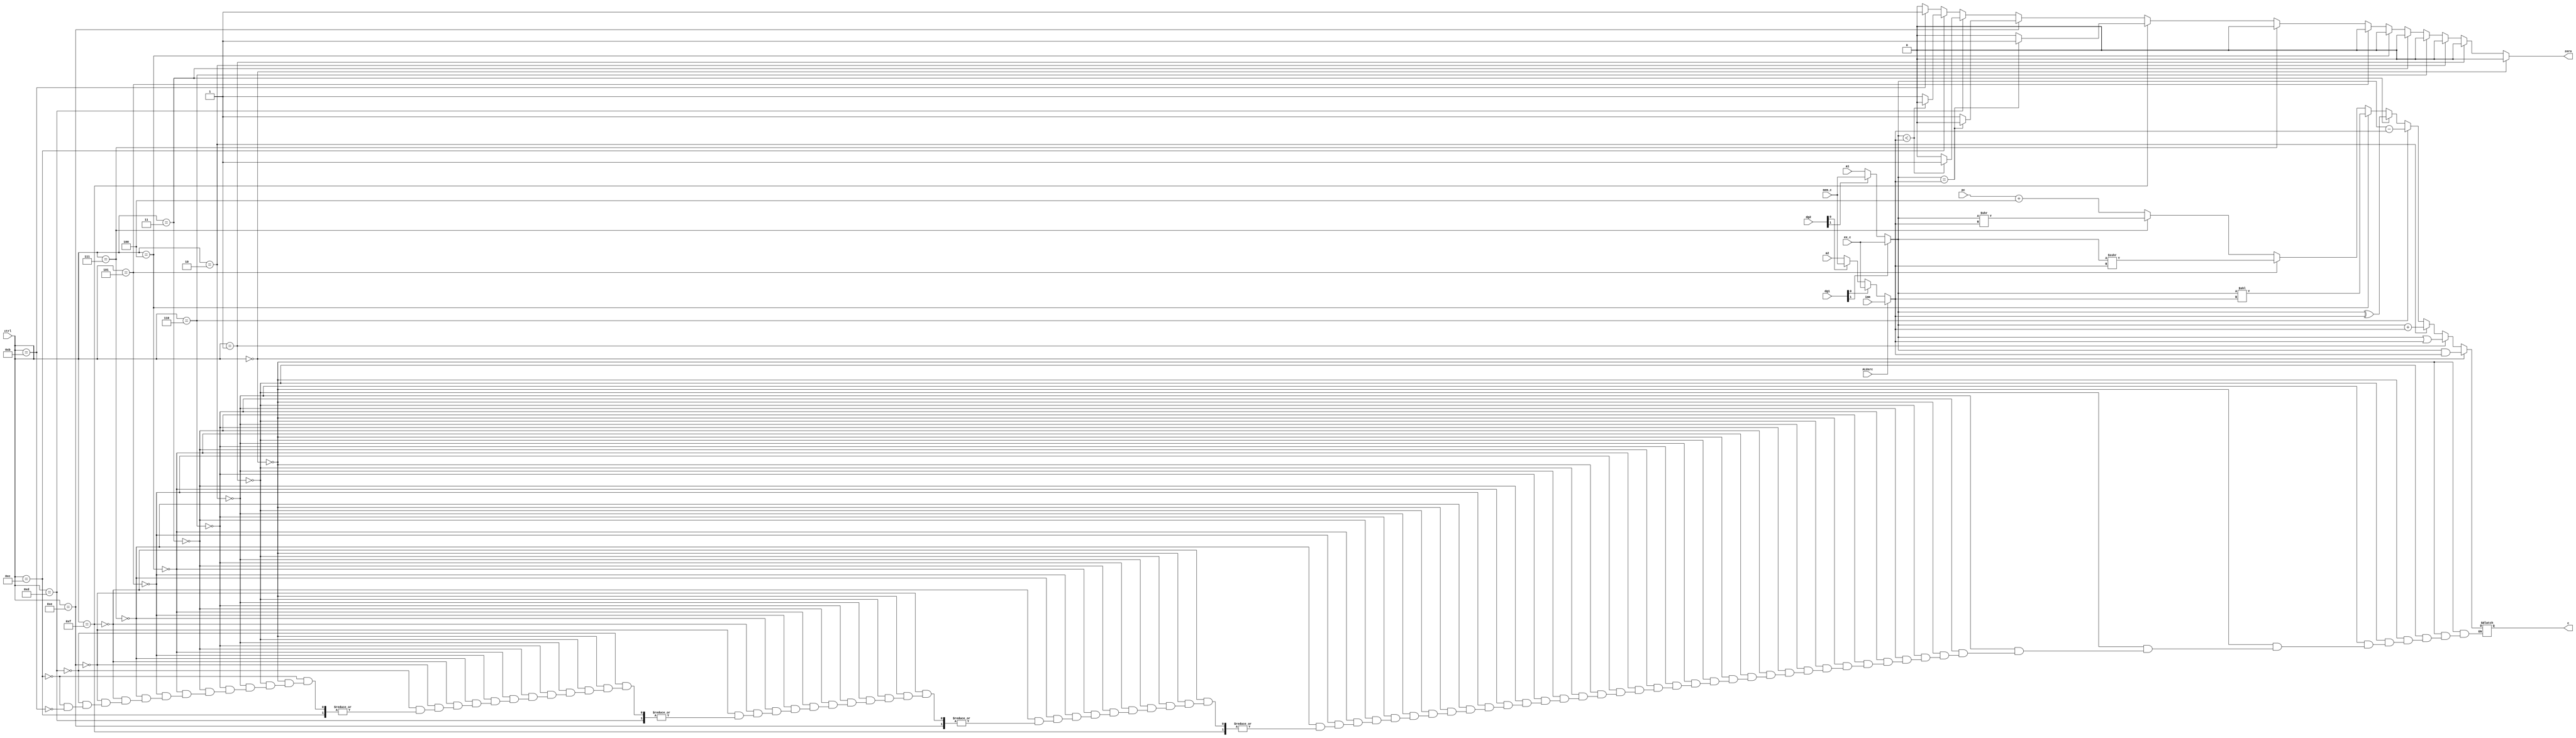
`timescale 1ns / 1ps
//////////////////////////////////////////////////////////////////////////////////
// Company: 
// Engineer: 
// 
// Design Name: 
// Module Name: ALU
// Project Name: 
// Target Devices: 
// Tool Versions: 
// Description: 
// 
// Dependencies: 
// 
// Revision:
// Revision 0.01 - File Created
// Additional Comments:
// 
//////////////////////////////////////////////////////////////////////////////////


module ALU(
    input [63:0] a1,a2, imm,
    input [63:0] ex_c, mem_c,
    input ALUsrc,
    input [63:0] pc,
    input [3:0] ctrl,
    input [1:0] dg1, dg2,
    output reg [63:0] c,
    output reg zero
    );
    
    reg [63:0] a,b;
    
    initial begin
        zero = 1'b0;
    end
    always @ (*) begin
        
        zero = 0;
        a = a1;
        if (dg1[1] == 1) a = ex_c;
        else if(dg2[1] == 1) a = mem_c;
        
        
        if (ALUsrc) b = imm;
        else begin
            b = a2;
            if (dg1[0] == 1) b = ex_c;
            else if(dg2[0] == 1) b = mem_c;
        end
        
        if (ctrl == 4'b0000) c = a&b;
        else if(ctrl == 4'b0001) c = a|b;
        else if(ctrl == 4'b0010) c = a+b;
        else if(ctrl == 4'b0110) c = a-b;
        
        else if(ctrl == 4'b0011) c = a^b;
        else if(ctrl == 4'b0100) c = a<<b;
        else if(ctrl == 4'b0101) c = a>>>b;
        else if(ctrl == 4'b0111) c = a>>b;
        
        else if(ctrl == 4'b1111) begin // BEQ
            if (a == b) zero = 1;
            else zero = 0;
        end
        else if(ctrl == 4'b1110) begin // BNE
            if (a==b) zero = 0;
            else zero = 1;
        end
        else if(ctrl == 4'b1101) begin // BLT
            if (a < b) zero = 1;
            else zero = 0;
        end
        else if(ctrl == 4'b1100) begin // BGE
            if (a < b) zero = 0;
            else zero = 1;
        end
        else if(ctrl == 4'b1011) begin // JAL
            c = pc+3'b100;
            zero = 1;
        end
        
    end
  
 endmodule